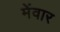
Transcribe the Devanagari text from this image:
मेंवार